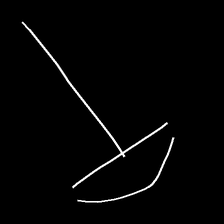
Glyph: dispersion